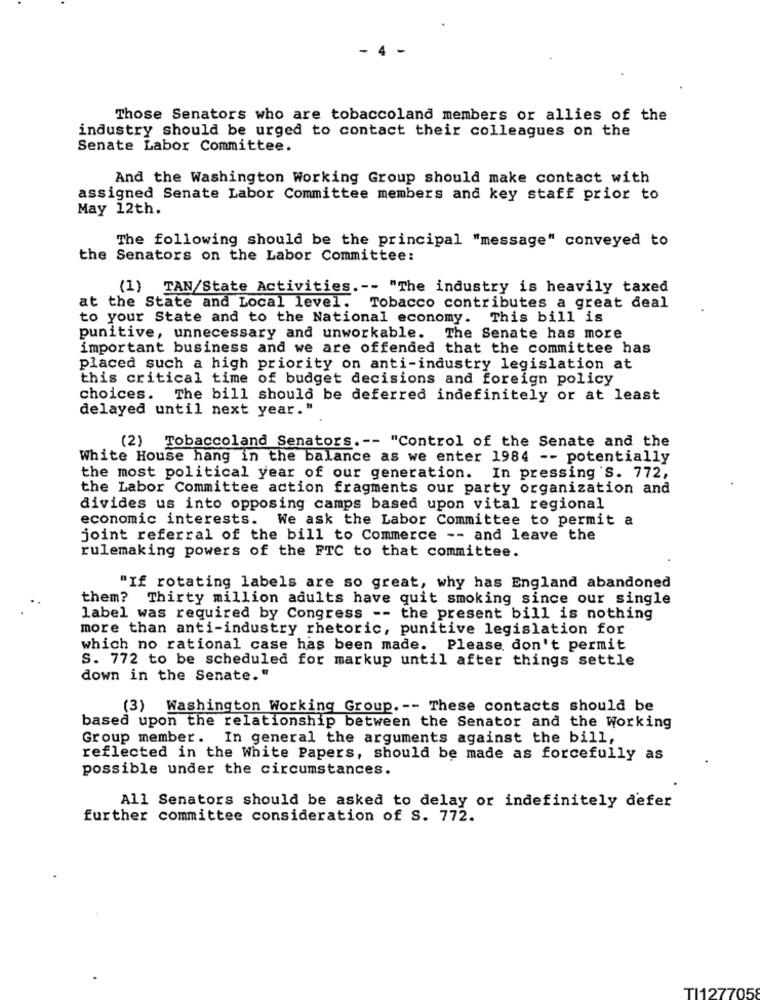
Those Senators who are tobaccoland members or allies of the
industry should be urged to contact their colleagues on the
Senate Labor Committee.
And the Washington Working Group should make contact with
assigned Senate Labor Committee members and key staff prior to
May 12th.
The following should be the principal "message" conveyed to
the Senators on the Labor Committee:
(1) TAN/State Activities .-- "The industry is heavily taxed
at the State and Local level. Tobacco contributes a great deal
to your State and to the National economy. This bill is
punitive, unnecessary and unworkable. The Senate has more
important business and we are offended that the committee has
placed such a high priority on anti-industry legislation at
this critical time of budget decisions and foreign policy
choices. The bill should be deferred indefinitely or at least
delayed until next year."
(2) Tobaccoland Senators .-- "Control of the Senate and the
White House hang in the balance as we enter 1984 -- potentially
the most political year of our generation. In pressing 's. 772,
the Labor Committee action fragments our party organization and
divides us into opposing camps based upon vital regional
economic interests.
We ask the Labor Committee to permit a
joint referral of the bill to Commerce -- and leave the
rulemaking powers of the FTC to that committee.
"If rotating labels are so great, why has England abandoned
them? Thirty million adults have quit smoking since our single
label was required by Congress -- the present bill is nothing
more than anti-industry rhetoric, punitive legislation for
which no rational case has been made. Please don't permit
S. 772 to be scheduled for markup until after things settle
down in the Senate."
(3) Washington Working Group. -- These contacts should be
based upon the relationship between the Senator and the Working
Group member. In general the arguments against the bill,
reflected in the White Papers, should be made as forcefully as
possible under the circumstances.
All Senators should be asked to delay or indefinitely defer
further committee consideration of S. 772.
TI127705